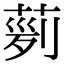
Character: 𦴟